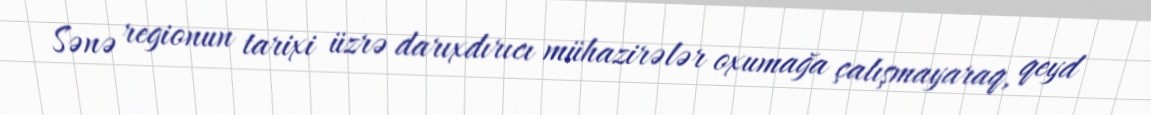
Sənə regionun tarixi üzrə darıxdırıcı mühazirələr oxumağa çalışmayaraq, qeyd